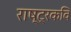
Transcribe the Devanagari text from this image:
राष्‍ट्रकवि